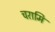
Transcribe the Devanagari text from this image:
चरामि